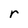
Character: r